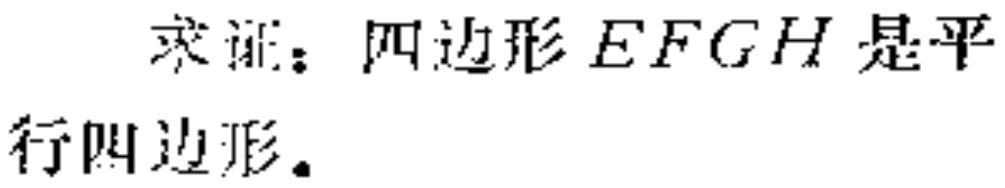
求证：四边形\(EFGH\)是平行四边形。